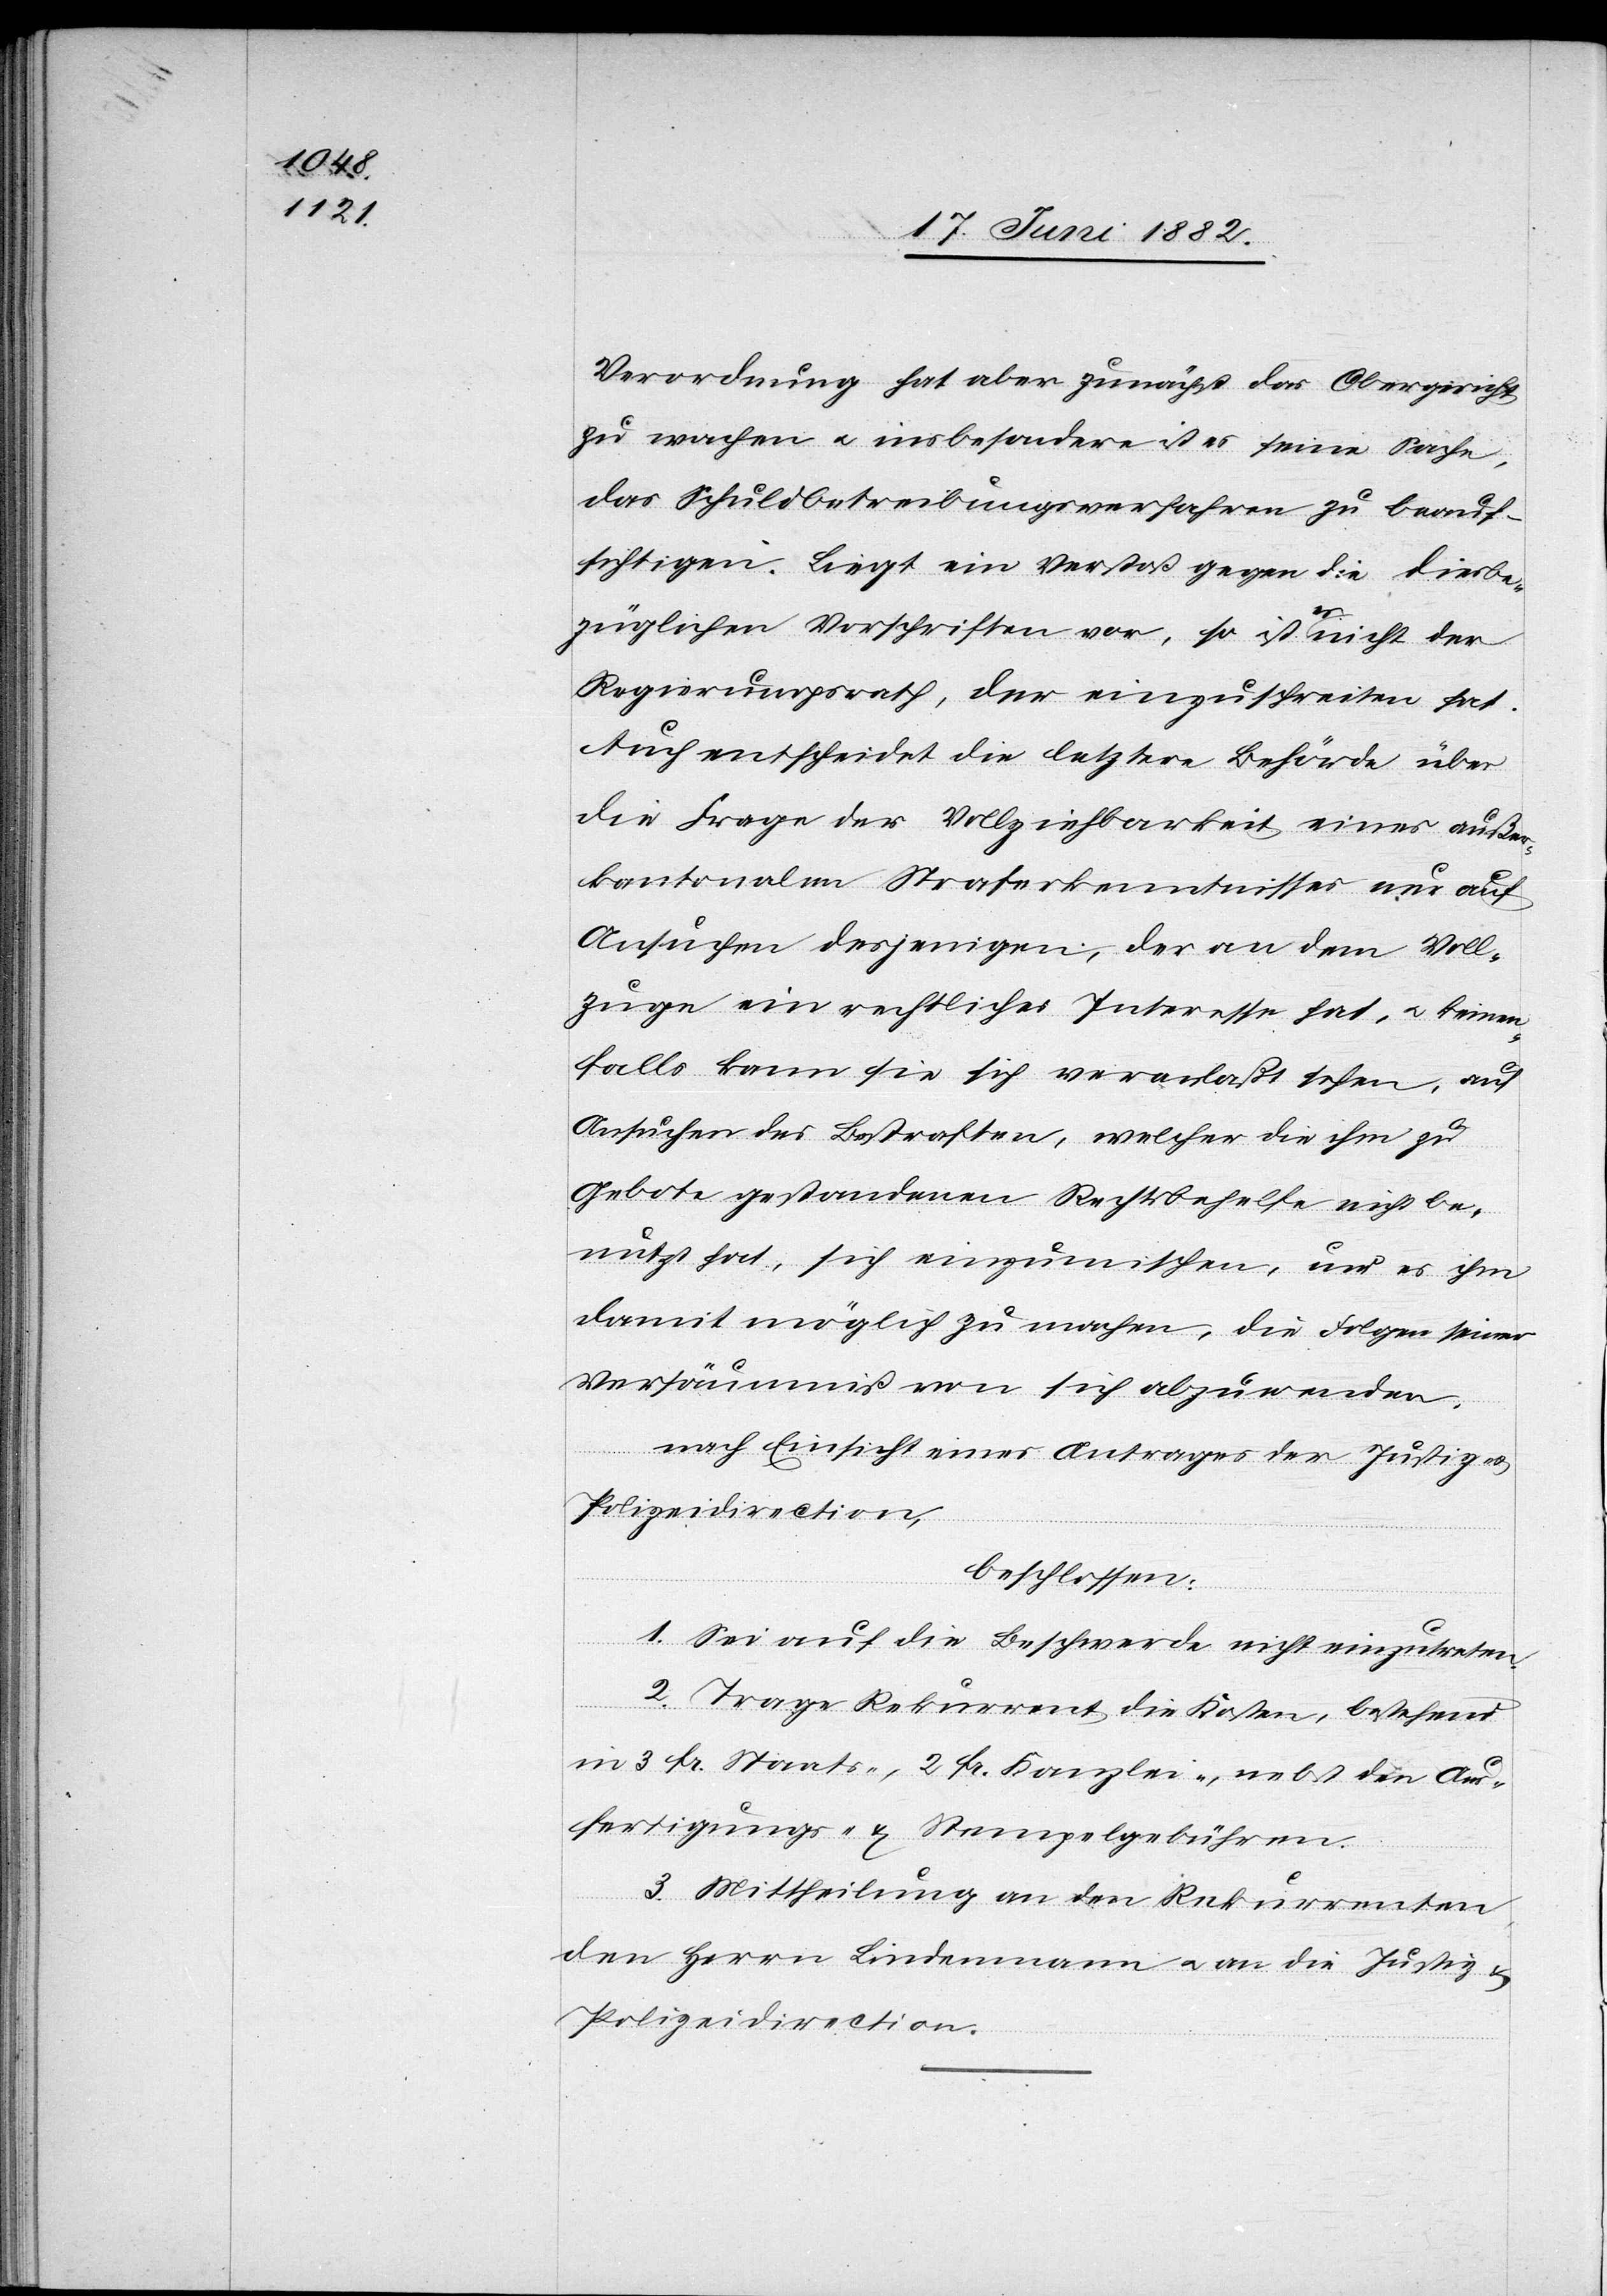
Verordnung hat aber zunächst das Obergericht
zu wachen u. insbesondere ist es seine Sache,
das Schuldbetreibungsverfahren zu beauf¬
sichtigen. Liegt ein Verstoß gegen die diesbe¬
züglichen Vorschriften vor, so ist es nicht der
Regierungsrath, der einzuschreiten hat.
Auch entscheidet die letztere Behörde über
die Frage der Vollziehbarkeit eines außer¬
kantonalen Straferkenntnisses nur auf
Ansuchen desjenigen, der an dem Voll¬
zuge ein rechtliches Interesse hat, u. keinen¬
falls kann sie sich veranlaßt sehen, auf
Ansuchen des Bestraften, welcher die ihm zu
Gebote gestandenen Rechtsbehelfe nicht be¬
nutzt hat, sich einzumischen, und es ihm
damit möglich zu machen, die Folgen seiner
Versäumniß von sich abzuwenden.
nach Einsicht eines Antrages der Justiz-
Polizeidirection,
beschlossen:
1. Sei auf die Beschwerde nicht einzutreten.
2. Trage Rekurrent die Kosten, bestehend
in 3 Fr. Staats-, 2 Fr. Kanzlei-, nebst den Aus¬
fertigungs- & Stempelgebühren.
3. Mittheilung an den Rekurrenten,
den Herrn Lindenmann [sic!] u. an die Justiz- u.
Polizeidirection.